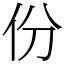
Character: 份